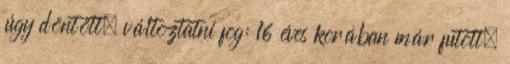
úgy döntött, változtatni fog: 16 éves korában már futott,